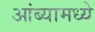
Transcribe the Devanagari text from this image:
आंब्यामध्ये